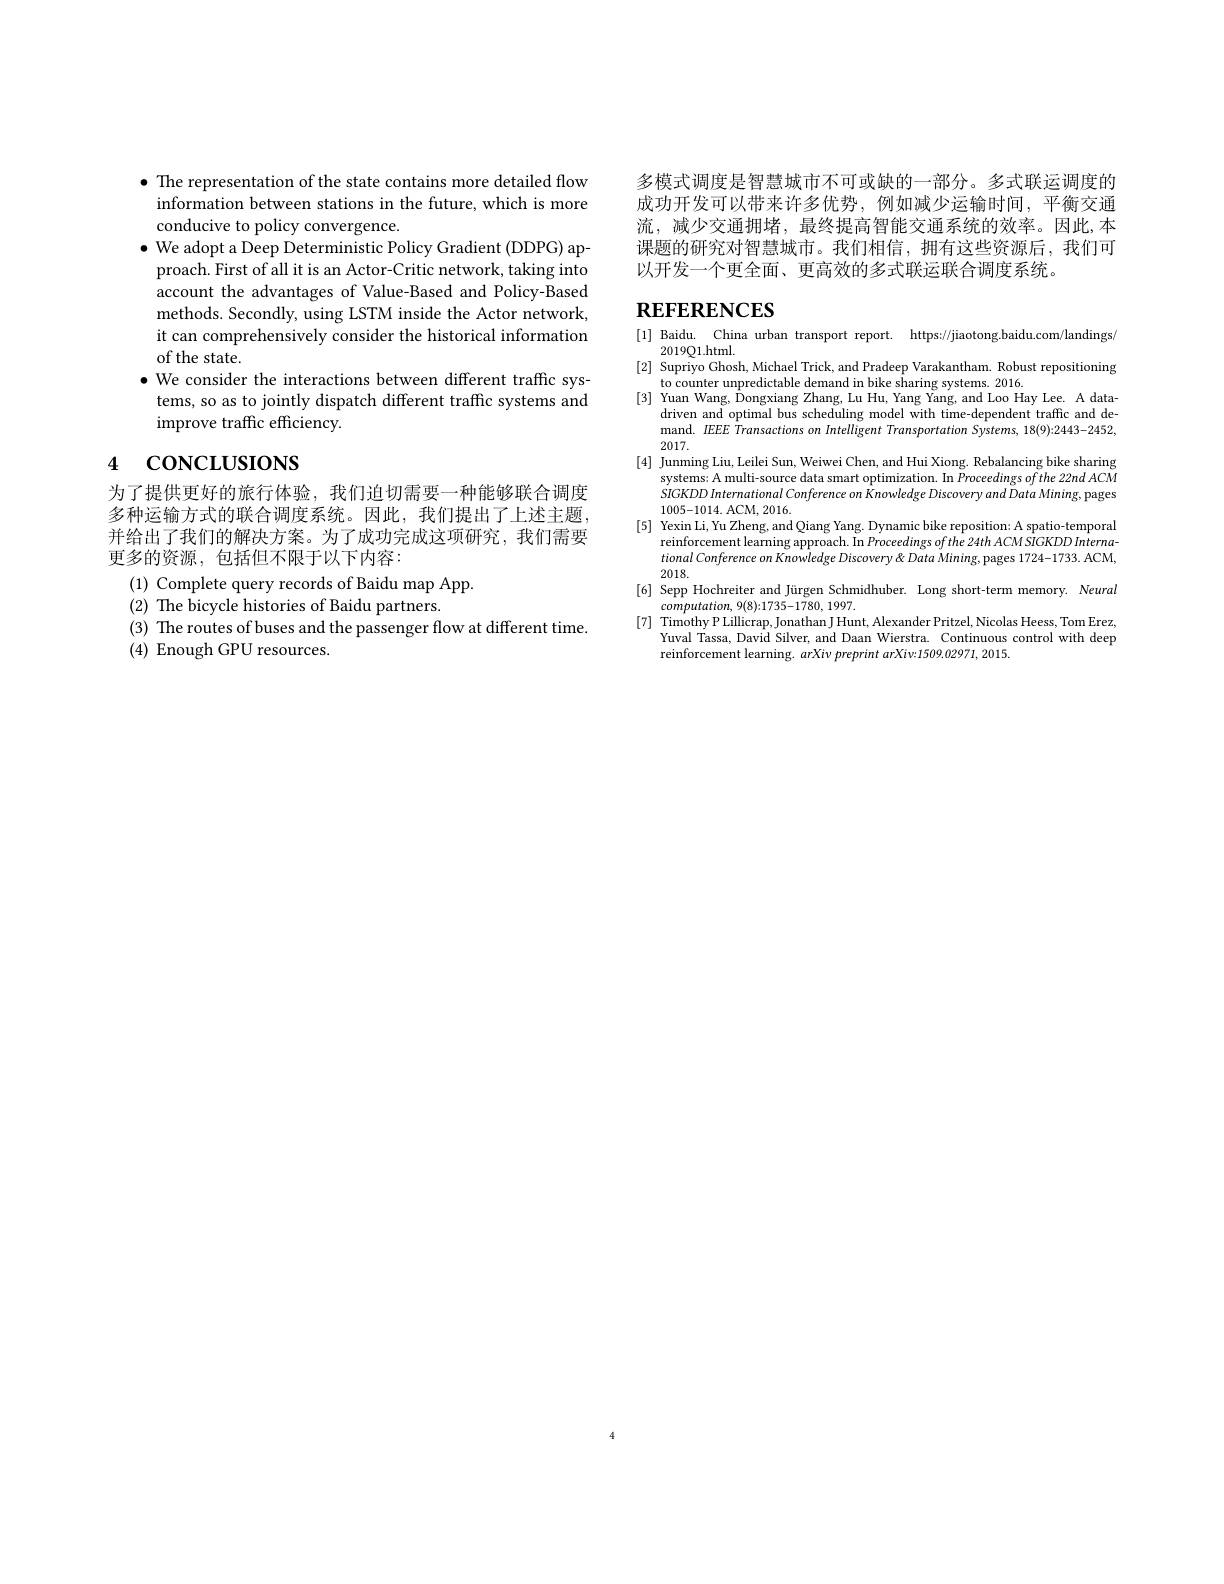
$\bullet$ The representation of the state contains more detailed flow
information between stations in the future, which is more
conducive to policy convergence.
$\bullet$ We adopt a Deep Deterministic Policy Gradient (DDPG) approach. First of all it is an Actor-Critic network, taking into account the advantages of Value-Based and Policy-Based methods. Secondly, using LSTM inside the Actor network, it can comprehensively consider the historical information of the state.
$\bullet$ We consider the interactions between different traffic sys-
tems, so as to jointly dispatch different traffic systems and
improve traffic efficiency.

# 4 concLUSIONS

为了提供更好的旅行体验，我们迫切需要一种能够联合调度多种运输方式的联合调度系统。因此，我们提出了上述主题， 并给出了我们的解决方案。为了成功完成这项研究，我们需要更多的资源，包括但不限于以下内容：

(1) Complete query records of Baidu map App.
(2) The bicycle histories of Baidu partners.
(3) The routes of buses and the passenger flow at different time.
(4) Enough GPU resources.

多模式调度是智慧城市不可或缺的一部分。多式联运调度的成功开发可以带来许多优势，例如减少运输时间，平衡交通流，减少交通拥堵，最终提高智能交通系统的效率。因此，本课题的研究对智慧城市。我们相信，拥有这些资源后，我们可以开发一个更全面、更高效的多式联运联合调度系统。

# REFERENCES

[1] Baidu. China urban transport report. https://jiaotong.baidu.com/landings/
2019Q1.html.
[2] Supriyo Ghosh, Michael Trick, and Pradeep Varakantham. Robust repositioning
to counter unpredictable demand in bike sharing systems. 2016.
[3] Yuan Wang, Dongxiang Zhang, Lu Hu, Yang Yang, and Loo Hay Lee. A data-
driven and optimal bus scheduling model with time- dependent traffic and de- mand. $EEE\textit{ Transactions on Intelligent Transportation Systems, 18( 9) : 2443- 2452, }$ 2017
2017.
[4] Junming Liu, Leilei Sun, Weiwei Chen, and Hui Xiong. Rebalancing bike sharing
systems: A multi-source data smart optimization. In $Proceedingsofthe22ndACM$ SIGKDD International Conference on Knowledge Discovery and Data Mining, pages 1005-1014. ACM, 2016.
[5] Yexin Li, Yu Zheng, and Qiang Yang. Dynamic bike reposition: A spatio-temporal
reinforcement learning approach. In Proceedings $ofthe24thACMSIGKDDInterna-$ $tional\textit{ Conference on Knowledge Discovery " Data Mining, pages 1724- 1733. ACM, }$ 2018.
[6] Sepp Hochreiter and Jürgen Schmidhuber. Long short-term memory. Neural
$computation,9(8):1735-1780,1997.$
[7] Timothy P Lillicrap, Jonathan J Hunt, Alexander Pritzel, Nicolas Heess, Tom Erez,
Yuval Tassa, David Silver, and Daan Wierstra. Continuous control with deep
reinforcement learning. arXiv preprint arXiv:1509.02971,2015.